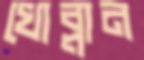
খোব্‌লান